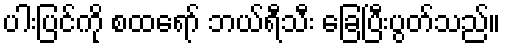
ပါးပြင်ကို စထရော် ဘယ်ရီသီး ခြေပြီးပွတ်သည်။